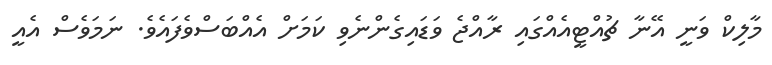
މާލިކް ވަނީ އޭނާ ޗުއްޓީއެއްގައި ރާއްޖެ ވަޑައިގެންނެވި ކަމަށް އެއްބަސްވެފައެވެ. ނަމަވެސް އެއީ